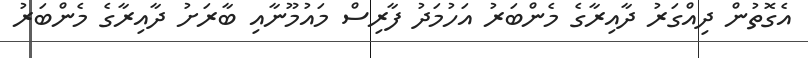
އެގޮތުން ދިއްގަރު ދާއިރާގެ މެންބަރު އަހުމަދު ފާރިސް މައުމޫނާއި ބާރަށު ދާއިރާގެ މެންބަރު